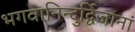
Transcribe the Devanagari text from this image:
भगवानिन्दुर्द्विजानां